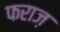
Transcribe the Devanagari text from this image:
फराज़